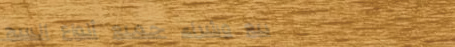
بيع وشراء جميع أنواع السج